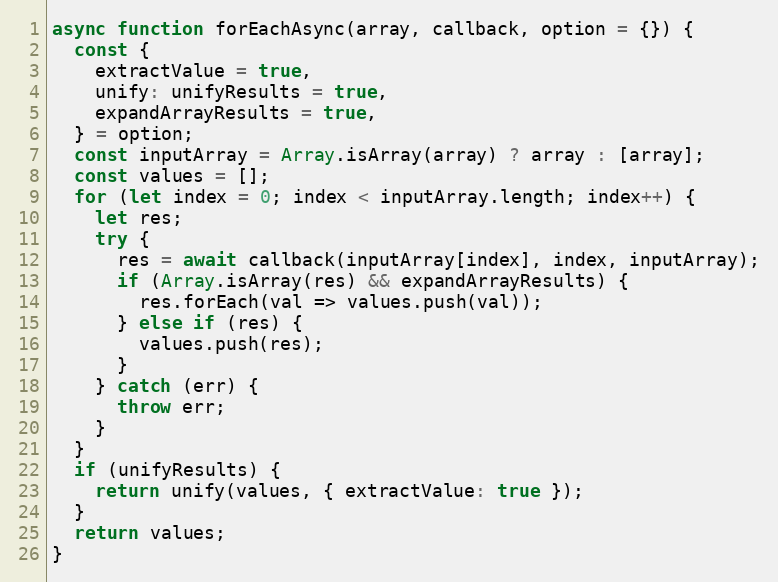
Language: JavaScript
async function forEachAsync(array, callback, option = {}) {
  const {
    extractValue = true,
    unify: unifyResults = true,
    expandArrayResults = true,
  } = option;
  const inputArray = Array.isArray(array) ? array : [array];
  const values = [];
  for (let index = 0; index < inputArray.length; index++) {
    let res;
    try {
      res = await callback(inputArray[index], index, inputArray);
      if (Array.isArray(res) && expandArrayResults) {
        res.forEach(val => values.push(val));
      } else if (res) {
        values.push(res);
      }
    } catch (err) {
      throw err;
    }
  }
  if (unifyResults) {
    return unify(values, { extractValue: true });
  }
  return values;
}